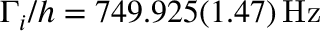
\Gamma _ { i } / h = 7 4 9 . 9 2 5 ( 1 . 4 7 ) \, \mathrm { { H z } }